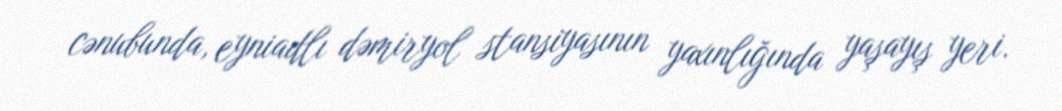
cənubunda, eyniadlı dəmiryol stansiyasının yaxınlığında yaşayış yeri.